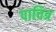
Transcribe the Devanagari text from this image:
पाचित्र